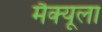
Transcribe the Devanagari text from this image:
मैक्‍यूला